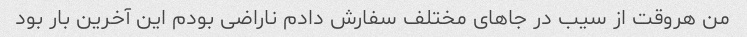
من هروقت از سیب در جاهای مختلف سفارش دادم ناراضی بودم این آخرین بار بود